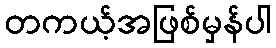
တကယ့်အဖြစ်မှန်ပါ